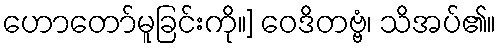
ဟောတော်မူခြင်းကို။] ဝေဒိတဗ္ဗံ၊ သိအပ်၏။